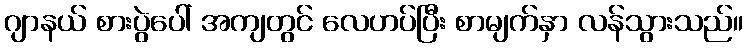
ဂျာနယ် စားပွဲပေါ် အကျတွင် လေဟပ်ပြီး စာမျက်နှာ လန်သွားသည်။